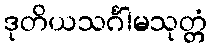
ဒုတိယသင်္ဂါမသုတ္တံ